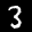
Label: 3